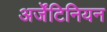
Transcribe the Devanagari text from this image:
अर्जेंटिनियन